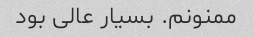
ممنونم. بسیار عالی بود